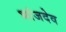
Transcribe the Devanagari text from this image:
भांजदेव